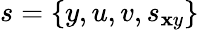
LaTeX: s=\{ y,u,v,s_{\mathbf{x}y}\}